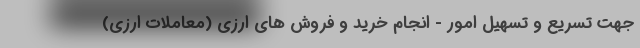
جهت تسریع و تسهیل امور - انجام خرید و فروش های ارزی (معاملات ارزی)